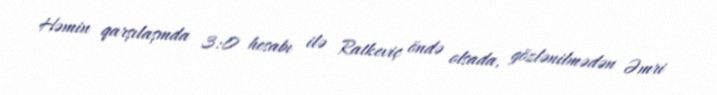
Həmin qarşılaşmda 3:0 hesabı ilə Ratkeviç öndə olsada, gözlənilmədən Əmri